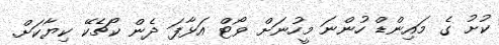
ކުށު ގެ މައިންޑް ހުންނަ މީހުނަށް ވޯޓް އަޅާފަ ދެން ކޯޗެކޭ ކިޔާކަށް.